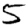
Digit: 5